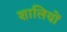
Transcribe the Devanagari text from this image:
शालियों